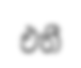
එතී